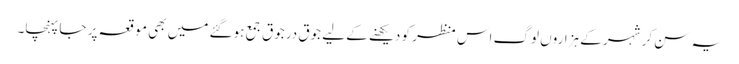
یہ سن کر شہر کے ہزاروں لوگ اس منظر کو دیکھنے کے لیے جوق درجوق جمع ہوگئے میں بھی موقعہ پر جا پہنچا۔